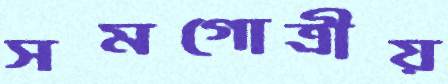
সমগোত্রীয়